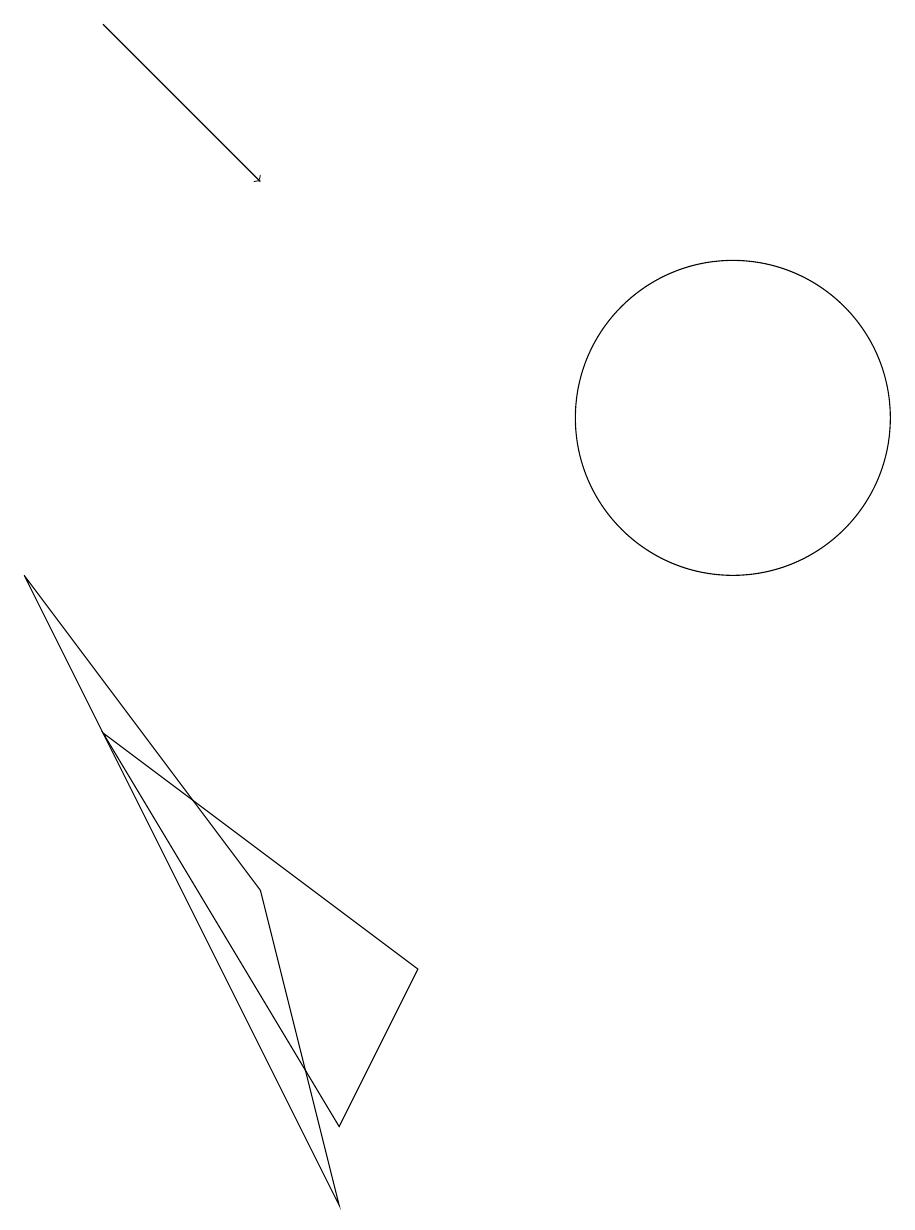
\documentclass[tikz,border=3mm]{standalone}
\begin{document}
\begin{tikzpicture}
\draw (11,11) circle (2);
\draw (7,4) -- (3,7) -- (6,2) -- cycle;
\draw (5,5) -- (2,9) -- (6,1) -- cycle;
\draw[->] (3,16) -- (5,14);
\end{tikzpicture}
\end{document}